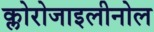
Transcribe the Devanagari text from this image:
क्लोरोजाइलीनोल